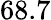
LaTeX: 68.7